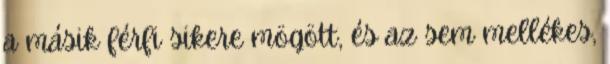
a másik férfi sikere mögött, és az sem mellékes,